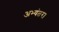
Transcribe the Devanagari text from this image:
अभ्यंतर।